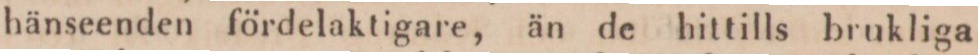
hänseenden fördelaktigare, än de hittills brukliga